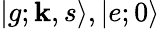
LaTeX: |g;{\boldsymbol{\mathbf{k}}},s\rangle,|e;0\rangle